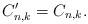
LaTeX: \begin{align*}C^{\prime}_{n,k}=C_{n,k}.\end{align*}